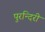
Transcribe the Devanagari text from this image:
पुरन्दिरी